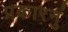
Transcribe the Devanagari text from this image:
प्रकारनुं